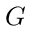
G